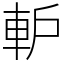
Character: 䡎